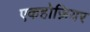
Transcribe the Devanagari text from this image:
एकहोज़ियर